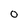
Character: O